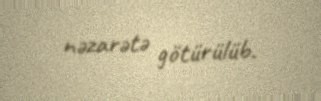
nəzarətə götürülüb.